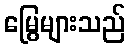
မြွေများသည်